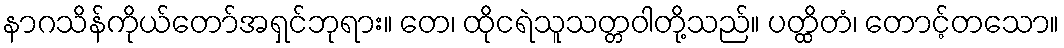
နာဂသိန်ကိုယ်တော်အရှင်ဘုရား။ တေ၊ ထိုငရဲသူသတ္တဝါတို့သည်။ ပတ္ထိတံ၊ တောင့်တသော။